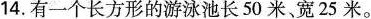
14.有一个长方形的游泳池长50米，宽25米。